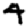
Digit: 4